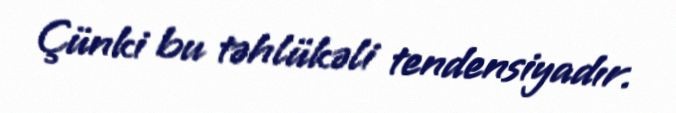
Çünki bu təhlükəli tendensiyadır.